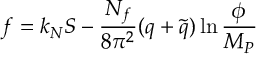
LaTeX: f = k _ { N } S - { \frac { N _ { f } } { 8 \pi ^ { 2 } } } ( q + \tilde { q } ) \ln { \frac { \phi } { M _ { P } } }